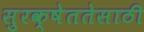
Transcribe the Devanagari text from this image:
सुरक्षेततेसाठी